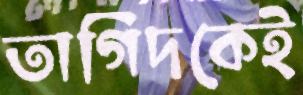
তাগিদকেই